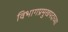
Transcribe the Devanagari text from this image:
विभागप्रमुखपदाच्या